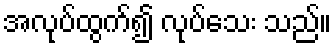
အလုပ်ထွက်၍ လုပ်သေး သည်။